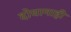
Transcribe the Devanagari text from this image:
दोघानाही